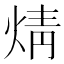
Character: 𭴼